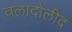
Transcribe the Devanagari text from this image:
वलादोलीद